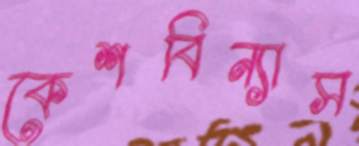
কেশবিন্যাস